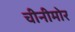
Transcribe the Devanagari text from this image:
चीनीमोर